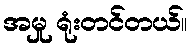
အမှု ရုံးတင်တယ်။